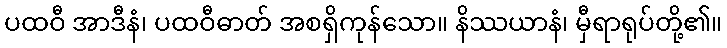
ပထဝီ အာဒီနံ၊ ပထဝီဓာတ် အစရှိကုန်သော။ နိဿယာနံ၊ မှီရာရုပ်တို့၏။